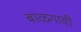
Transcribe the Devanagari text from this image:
बाळगावी